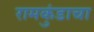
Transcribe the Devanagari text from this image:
रामकुंडाचा